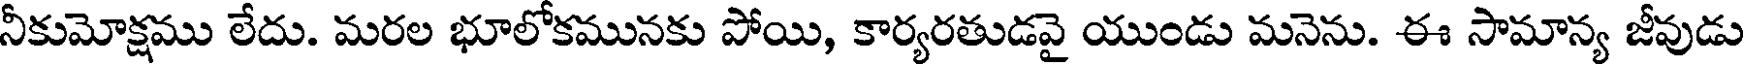
నీకుమోక్షము లేదు. మరల భూలోకమునకు పోయి, కార్యరతుడవై యుండు మనెను. ఈ సామాన్య జీవుడు